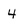
Character: 4